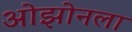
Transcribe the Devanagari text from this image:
ओझोनला